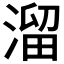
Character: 溜